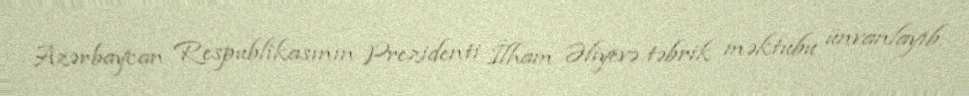
Azərbaycan Respublikasının Prezidenti İlham Əliyevə təbrik məktubu ünvanlayıb.